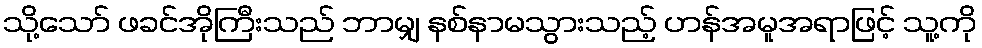
သို့သော် ဖခင်အိုကြီးသည် ဘာမျှ နစ်နာမသွားသည့် ဟန်အမူအရာဖြင့် သူ့ကို